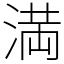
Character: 満